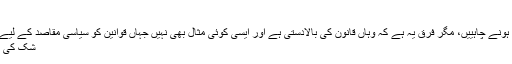
بدقسمتی سے یہاں ایسا نہیں
امریکہ اور برطانیہ کی طرح یہاں بھی سخت قوانین ہونے چاہییں، مگر فرق یہ ہے کہ وہاں قانون کی بالادستی ہے اور ایسی کوئی مثال بھی نہیں جہاں قوانین کو سیاسی مقاصد کے لیے استعمال کیا گیا ہو مگر بدقسمتی سے یہاں ایسا نہیں
شک کی بنیاد پر کسی بھی جگہ چھاپے مارے جا سکتے ہیں۔